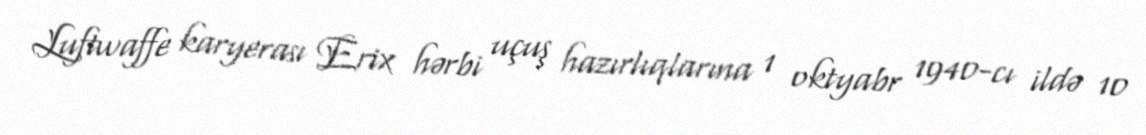
Luftwaffe karyerası Erix hərbi uçuş hazırlıqlarına 1 oktyabr 1940-cı ildə 10